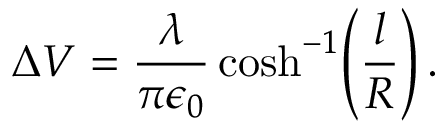
\Delta V = \frac { \lambda } { \pi \epsilon _ { 0 } } \cosh ^ { - 1 } \! \left( \frac { l } { R } \right) .